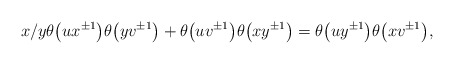
\begin{gather*}x/y \theta\big(u x^{\pm 1}\big) \theta\big(y v^{\pm 1}\big) + \theta\big(u v^{\pm 1}\big)\theta\big(x y^{\pm 1}\big)=\theta\big(u y^{\pm 1}\big) \theta\big(x v^{\pm 1}\big),\end{gather*}